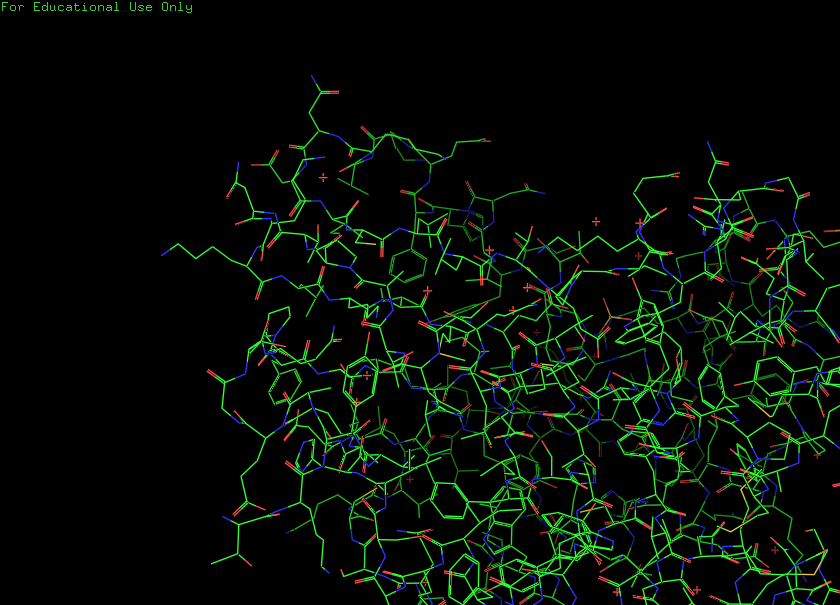
pymol, preset, default